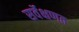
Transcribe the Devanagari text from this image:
सर्वेक्षणत